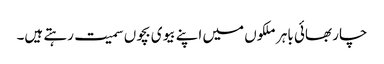
چار بھائی باہر ملکوں میں اپنے بیوی بچوں سمیت رہتے ہیں۔